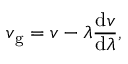
v _ { \mathrm { g } } = v - \lambda { \frac { \mathrm { d } v } { \mathrm { d } \lambda } } ,